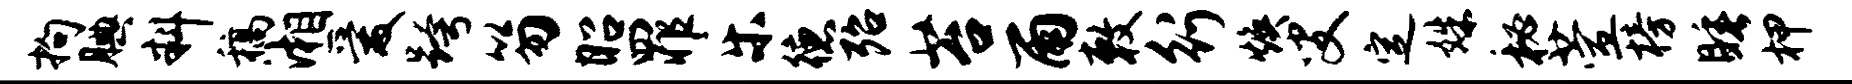
拘腆料稿湘爱跨笏昭罪乐德殆苔雨敕行焕叟定姝秘萱榜睡柙